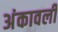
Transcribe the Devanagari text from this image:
अंकावली